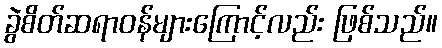
ခွဲစိတ်ဆရာဝန်များကြောင့်လည်း ဖြစ်သည်။